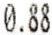
0.88